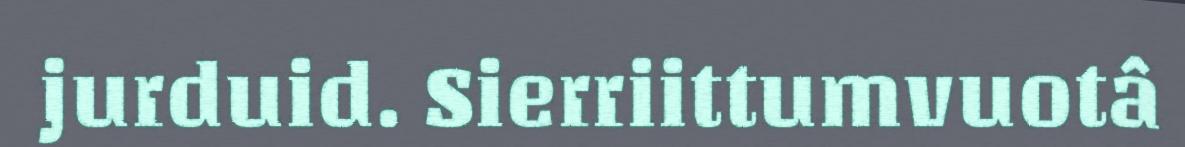
jurduid. Sierriittumvuotâ